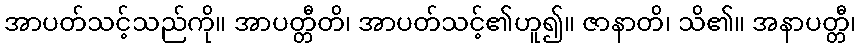
အာပတ်သင့်သည်ကို။ အာပတ္တီတိ၊ အာပတ်သင့်၏ဟူ၍။ ဇာနာတိ၊ သိ၏။ အနာပတ္တီ၊